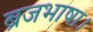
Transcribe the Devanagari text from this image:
ब्रजभाषा।